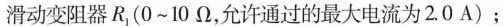
滑动变阻器 R_{1} (0~10 Ω，允许通过的最大电流为 2. 0 A)；